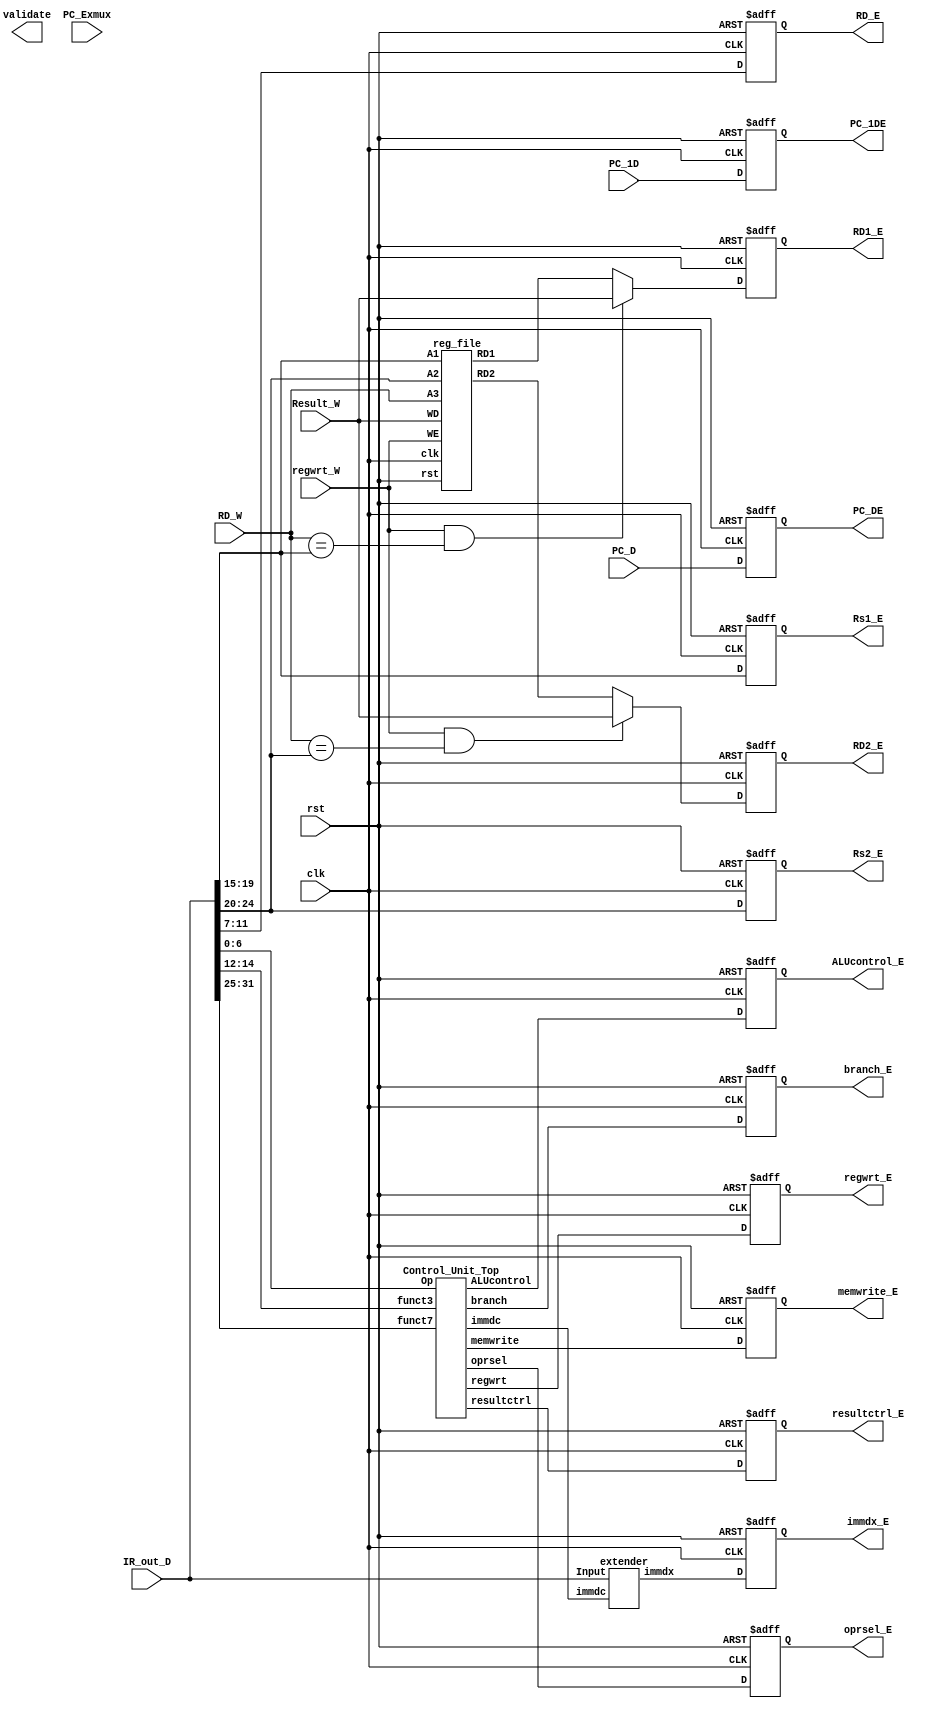
module decode_cycle(validate,PC_Exmux,clk,rst,IR_out_D,PC_D,PC_1D,regwrt_W,RD_W,Result_W,regwrt_E,oprsel_E,RD1_E,RD2_E,immdx_E,RD_E,PC_DE,PC_1DE,memwrite_E,branch_E,ALUcontrol_E,Rs1_E,Rs2_E,resultctrl_E);
  input clk,rst,regwrt_W,PC_Exmux;
  input [4:0]RD_W;
  input [31:0]IR_out_D,PC_D,PC_1D,Result_W;
  
  output regwrt_E,oprsel_E,memwrite_E,branch_E,resultctrl_E,validate;
  output [3:0]ALUcontrol_E;
  output [31:0]RD1_E,RD2_E,immdx_E;
  output [4:0] Rs1_E,Rs2_E,RD_E;
  output [31:0]PC_DE,PC_1DE;
  
  wire regwrt_D,oprsel_D,memwrite_D,branch_D,resultctrl_D,immdc_D;
  wire [3:0]ALUcontrol_D;
  wire [31:0]RD1_D,RD2_D,immdx_D;

  
  reg regwrt_Dr,oprsel_Dr,memwrite_Dr,branch_Dr,resultctrl_Dr,immdc_Dr;
  reg [3:0]ALUcontrol_Dr;
  reg [31:0]RD1_Dr,RD2_Dr,immdx_Dr;
  reg [4:0]RD_Dr,Rs1_Dr, Rs2_Dr;
  reg [31:0]PC_Dr,PC_1Dr;
  
  
  Control_Unit_Top CTRLUNIT(.Op(IR_out_D[6:0]),
                            .regwrt(regwrt_D),
                            .immdc(immdc_D),
                            .oprsel(oprsel_D),
                            .memwrite(memwrite_D),
                            .resultctrl(resultctrl_D),
                            .branch(branch_D),
                            .funct3(IR_out_D[14:12]),
                            .funct7(IR_out_D[31:25]),
                            .ALUcontrol(ALUcontrol_D));
  
  reg_file regf(.clk(clk),
                .rst(rst),
                .WD(Result_W),
                .WE(regwrt_W),
                .A1(IR_out_D[19:15]),
                .A2(IR_out_D[24:20]),
                .A3(RD_W),
                .RD1(RD1_D),
                .RD2(RD2_D));
  
  extender sign_ext(.Input(IR_out_D[31:0]),
                    .immdx(immdx_D),
                    .immdc(immdc_D));



  
   always @(posedge clk or negedge rst)
    begin
      if (rst == 1'b0) begin
        regwrt_Dr <= 1'b0;
        oprsel_Dr <= 1'b0;
        memwrite_Dr <= 1'b0;
  	    resultctrl_Dr <= 1'b0;
        branch_Dr <= 1'b0;
        ALUcontrol_Dr <= 3'b000;
        RD1_Dr <= 32'h00000000; 
        RD2_Dr <= 32'h00000000; 
        immdx_Dr <= 32'h00000000;
        RD_Dr <= 5'h00;
        PC_Dr <= 32'h00000000; 
        PC_1Dr <= 32'h00000000;
        Rs1_Dr <= 5'h00;
        Rs2_Dr <= 5'h00;
        
      end
      
      else begin
        regwrt_Dr <= regwrt_D;
        oprsel_Dr <= oprsel_D;
        memwrite_Dr <= memwrite_D;
  	    resultctrl_Dr <= resultctrl_D;
        branch_Dr <= branch_D;
        ALUcontrol_Dr <= ALUcontrol_D;
        RD1_Dr <= ((regwrt_W) && (RD_W[4:0] == (IR_out_D[19:15]))) ? Result_W : RD1_D; 
        RD2_Dr <= ((regwrt_W) && (RD_W[4:0] == (IR_out_D[24:20]))) ? Result_W : RD2_D; 
        immdx_Dr <= immdx_D;
        RD_Dr <= IR_out_D[11:7];
        PC_Dr <= PC_D; 
        PC_1Dr <= PC_1D;
        Rs1_Dr <= IR_out_D[19:15];
        Rs2_Dr <= IR_out_D[24:20];
      end
    end
  
  assign regwrt_E = regwrt_Dr;
  assign oprsel_E = oprsel_Dr;
  assign memwrite_E = memwrite_Dr;
  assign resultctrl_E = resultctrl_Dr;
  assign branch_E = branch_Dr;
  assign ALUcontrol_E = ALUcontrol_Dr;
  assign RD1_E = RD1_Dr; 
  assign RD2_E = RD2_Dr; 
  assign immdx_E = immdx_Dr;
  assign RD_E = RD_Dr;
  assign PC_DE = PC_Dr; 
  assign PC_1DE = PC_1Dr;
  assign Rs1_E = Rs1_Dr;
  assign Rs2_E = Rs2_Dr;
  
endmodule
  

  


module Control_Unit_Top(Op,regwrt,immdc,oprsel,memwrite,resultctrl,branch,funct3,funct7,ALUcontrol);
    input [6:0]Op,funct7;
    input [2:0]funct3;
    output regwrt,oprsel,memwrite,resultctrl,branch,immdc;
  output [3:0]ALUcontrol;
  wire [1:0]ALUcode;
  
   Decoder Main_Decoder(.Op(Op),
                        .regwrt(regwrt),
                        .immdc(immdc),
                        .memwrite(memwrite),
                        .resultctrl(resultctrl),
                        .branch(branch),
                        .oprsel(oprsel),
                        .ALUcode(ALUcode));
  
  ALUdecoder ALU_Decoder(.ALUcode(ALUcode),
                         .funct3(funct3),
                         .funct7(funct7),
                         .Op(Op),
                         .ALUcontrol(ALUcontrol));
  
endmodule
  
  


module Decoder(Op,regwrt,immdc,oprsel,resultctrl,memwrite,branch,ALUcode);
  input [6:0]Op;
  output regwrt,immdc,oprsel,resultctrl,memwrite,branch;
  output [1:0]ALUcode;
  
  assign regwrt = (Op == 7'b0000011 | Op == 7'b0110011 | Op == 7'b0010011 ) ? 1'b1 : 1'b0 ;
  assign immdc = (Op == 7'b0100011 | Op == 7'b1100011) ? 1'b1 : 1'b0 ;
  assign oprsel = (Op == 7'b0000011 | Op == 7'b0100011 | Op == 7'b0010011) ? 1'b1 : 1'b0;
  assign resultctrl = (Op == 7'b0000011) ? 1'b1 : 1'b0;
  assign memwrite = (Op == 7'b0100011) ? 1'b1 : 1'b0;
  assign branch = (Op == 7'b1100011) ? 1'b1 : 1'b0;
  assign ALUcode = (Op == 7'b0110011 | Op == 7'b0010011) ? 2'b10 : (Op == 7'b1100011) ? 2'b01 : 2'b00 ;
  
endmodule

module ALUdecoder(ALUcode,ALUcontrol,funct3,funct7,Op);
  input [6:0]Op,funct7;
  input [1:0]ALUcode;
  input [2:0]funct3;
  output [3:0]ALUcontrol;
  
  assign ALUcontrol[3:0] = (ALUcode == 2'b00) ? 4'b0000 : (((ALUcode == 2'b10)&(funct3 == 3'b000)&({Op[5],funct7[5]} == 2'b11)) | (ALUcode == 2'b01)) ? 4'b0001 : ((ALUcode == 2'b10)&(funct3 == 3'b000)&({Op[5],funct7[5]} !== 2'b11)) ? 4'b0000 : ((ALUcode == 2'b10)&(funct3 == 3'b100)) ? 4'b0010 : ((ALUcode == 2'b10)&(funct3 == 3'b110)) ? 4'b0011 : ((ALUcode == 2'b10)&(funct3 == 3'b111)) ? 4'b0100 : 4'b0000;
  
endmodule


module reg_file(clk,rst,WE,WD,A1,A2,A3,RD1,RD2);
  input [4:0]A1,A2,A3;
  input [31:0]WD;
  output [31:0]RD1,RD2;
  input clk,rst,WE;
  
  reg [31:0] Register[31:0];
  always @ (posedge clk)
    begin
       if(WE & (A3 != 5'h00))
            Register[A3] <= WD;
    end

    assign RD1 = (rst==1'b0) ? 32'd0 : Register[A1];
    assign RD2 = (rst==1'b0) ? 32'd0 : Register[A2];

    initial begin
        Register[0] = 32'h00000000;
    end

endmodule
      
module extender(Input,immdc,immdx);
  input [31:0]Input;
  input immdc;
  output [31:0]immdx;
  
  assign immdx[31:0] = (immdc) ? {{20{Input[31]}},Input[31:25],Input[11:7]} : {{20{Input[31]}},Input[31:20]};
endmodule